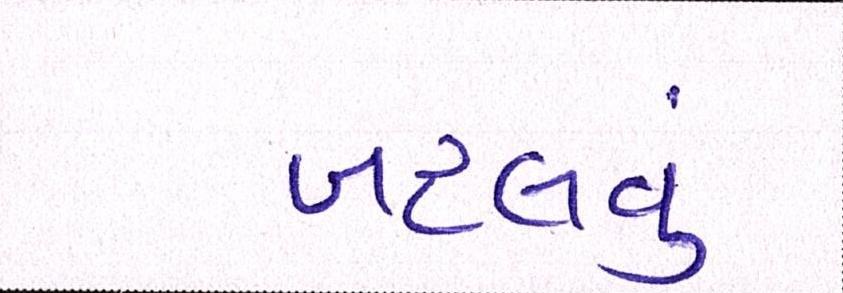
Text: બદલવું